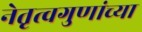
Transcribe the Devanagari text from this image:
नेतृत्वगुणांच्या